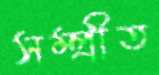
সম্প্রীত